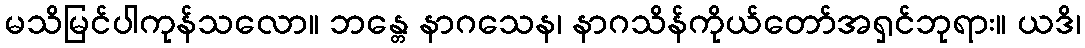
မသိမြင်ပါကုန်သလော။ ဘန္တေ နာဂသေန၊ နာဂသိန်ကိုယ်တော်အရှင်ဘုရား။ ယဒိ၊